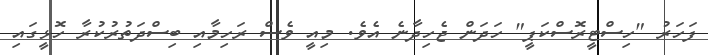
ފަހަރު "ހިސްޓީރޮސްކަޕީ" ހަދަން ޖެހިދާނެ އެވެ. މިއީ ވެސް ރަހިމާއި ބިސްދަތުރުކުރާ ހޮޅީގައި